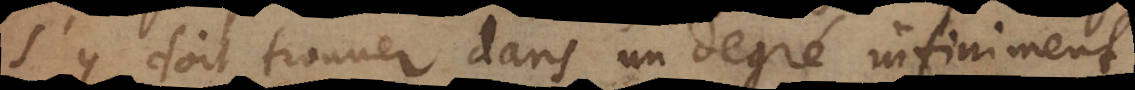
s’y doit trouver dans un degré infiniment